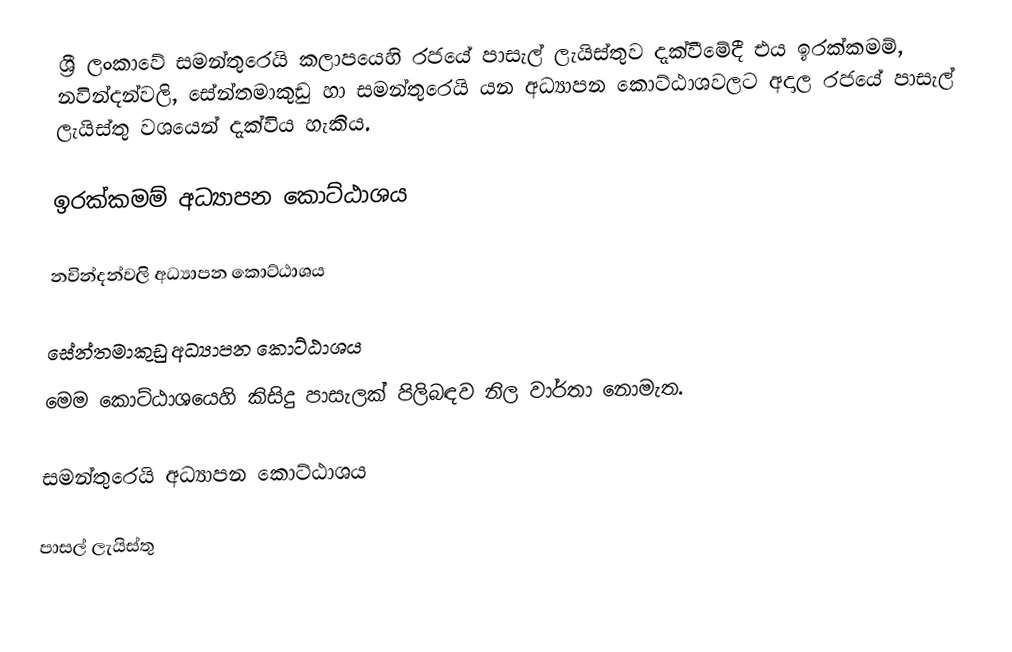
ශ්‍රී ලංකාවේ සමන්තුරෙයි කලාපයෙහි රජයේ පාසැල් ලැයිස්තුව  දැක්වීමේදී  එය ඉරක්කමම්, නවින්දන්වලි, සේන්තමාකුඩු හා සමන්තුරෙයි යන අධ්‍යාපන කොට්ඨාශවලට අදාල රජයේ පාසැල් ලැයිස්තු වශයෙන් දැක්විය හැකිය.

ඉරක්කමම් අධ්‍යාපන කොට්ඨාශය

නවින්දන්වලි අධ්‍යාපන කොට්ඨාශය

සේන්තමාකුඩු අධ්‍යාපන කොට්ඨාශය
මෙම කොට්ඨාශයෙහි කිසිදු පාසැලක් පිලිබඳව නිල වාර්තා නොමැත.

සමන්තුරෙයි අධ්‍යාපන කොට්ඨාශය

පාසල් ලැයිස්තු